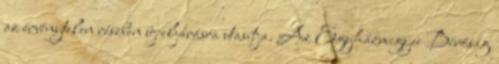
az érvénytelen részben új eljárásra utasítja. Az Egyházmegyei Bíróság